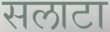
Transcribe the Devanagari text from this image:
सलाटा